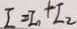
I = I _ { 1 } + I _ { 2 }